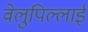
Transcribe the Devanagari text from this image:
वेलुपिल्लाई